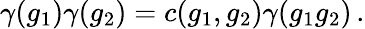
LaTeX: \gamma(g_{1})\gamma(g_{2})=c(g_{1},g_{2})\gamma(g_{1}g_{2})\, .